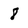
Character: 8